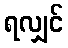
ရလျှင်